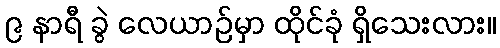
၉ နာရီ ခွဲ လေယာဉ်မှာ ထိုင်ခုံ ရှိသေးလား။